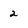
Character: 2